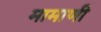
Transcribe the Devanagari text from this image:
मामाणी